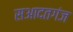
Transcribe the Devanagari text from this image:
सआदतगंज